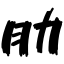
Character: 肋